Vaccine operations Central Provinces & Berar 1922-1929 - 1922-1929
Year: 1922
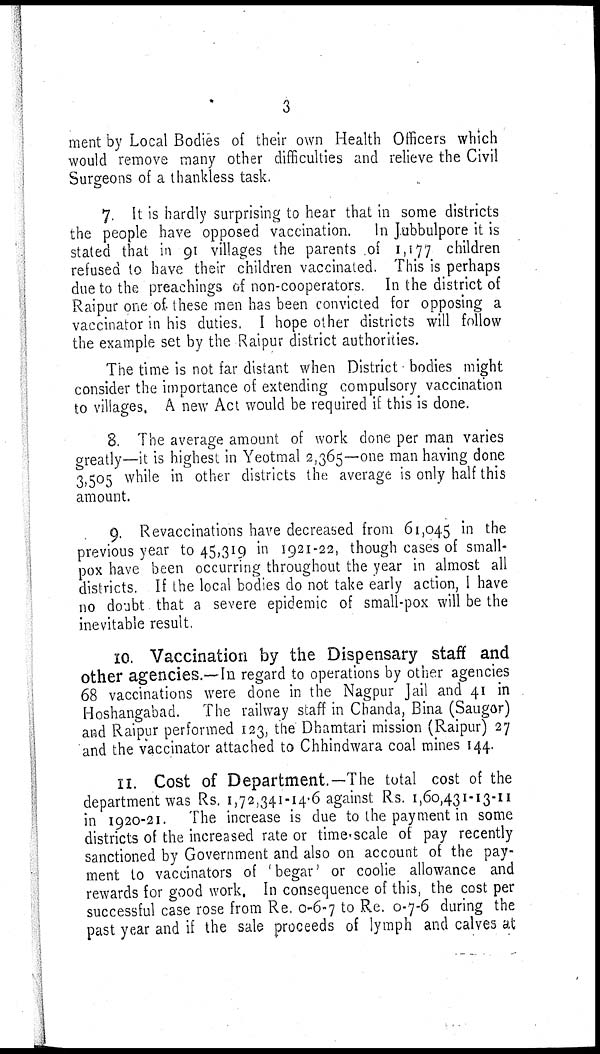
3
ment by Local Bodies of their own Health Officers which
would remove many other difficulties and relieve the Civil
Surgeons of a thankless task.
7. It is hardly surprising to hear that in some districts
the people have opposed vaccination. In Jubbulpore it is
stated that in 91 villages the parents of 1,177 children
refused to have their children vaccinated. This is perhaps
due to the preachings of non-cooperators
In the district of
Raipur one of- these men has been convicted for opposing a
vaccinator in his duties. I hope other districts will follow
the example set by the Raipur district authorities.
The time is not far distant when District bodies might
consider the importance of extending compulsory vaccination
to villages, A new Act would be required if this is done.
8. The average amount of work done per man varies
greatly—it is highest in Yeotmal 2,365—-one man having done
3,505 while in other districts the average is only half this
amount.
9. Revaccinations have decreased from 61,045 in the
previous year to 45,319 in 1921-22, though cases of small-
pox have been occurring throughout the year in almost all
districts. If the local bodies do not take early action, I have
no doubt that a severe epidemic of small-pox will be the
inevitable result.
10. Vaccination by the Dispensary staff and
other agencies.—In regard to operations by other agencies
68 vaccinations were done in the Nagpur Jail and 41 in
Hoshangabad. The railway staff in Chanda, Bina (Saugor)
and Raipur performed 123, the Dhamtari mission (Raipur) 27
and the vaccinator attached to Chhindwara coal mines 144.
11. Cost of Department.—-The total cost of the
department was Rs. 1,72,341-14.6 against Rs. 1,60,431-13-11
in 1920-21. The increase is due to the payment in some
districts of the increased rate or time scale of pay recently
sanctioned by Government and also on account of the pay-
ment to vaccinators of 'begar' or coolie allowance and
rewards for good work. In consequence of this, the cost per
successful case rose from Re. 0-6-7 to Re. 0-7-6 during the
past year and if the sale proceeds of lymph and calves at